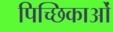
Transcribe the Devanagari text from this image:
पिच्छिकाओं